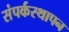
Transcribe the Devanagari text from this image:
संपर्कस्थापन